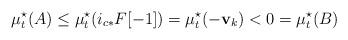
LaTeX: \begin{align*}\mu_t^{\star}(A) \le \mu_t^{\star}(i_{c\ast}F[-1])=\mu_t^{\star}(-\mathbf{v}_k)<0=\mu_t^{\star}(B)\end{align*}